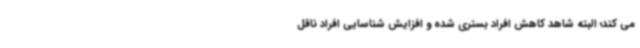
می کند؛ البته شاهد کاهش افراد بستری شده و افزایش شناسایی افراد ناقل